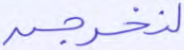
لنخرجن